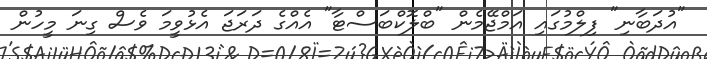
"އުދަބާނި" ފިލްމުގައި އަމްޖޭމެން "ބްލޮކްބަސްޓާ" އެއްގެ ދަރަޖަ އެޅުވީމަ ވެސް ގިނަ މީހުން